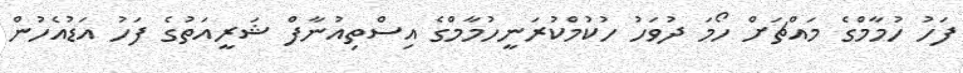
ފަހު ހުމާމްގެ މައްޗަށް ހޯމަ ދުވަހު ހުކުމްކުރަނީހުމާމްގެ އިސްތިއުނާފް ޝަރީއަތުގެ ފަހު އަޑުއެހުން